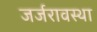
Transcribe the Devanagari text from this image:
जर्जरावस्था